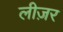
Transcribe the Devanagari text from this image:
लीज़र